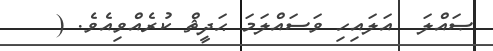
ޞައްލަ  އަލައިހި ވަސައްލަމަ ޙަދީޘް ކުރެއްވިއެވެ. (